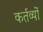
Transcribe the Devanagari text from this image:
कर्तव्‍यों